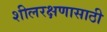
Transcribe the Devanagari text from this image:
शीलरक्षणासाठी